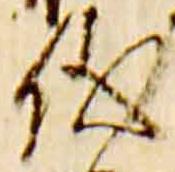
儀